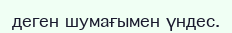
деген шумағымен үндес.